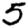
Digit: 5